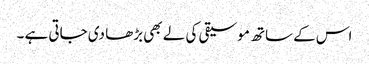
اس کے ساتھ موسیقی کی لے بھی بڑھا دی جاتی ہے ۔